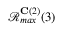
\mathcal { R } _ { m a x } ^ { \mathbf { C } ( 2 ) } ( 3 )